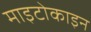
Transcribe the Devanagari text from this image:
माइटोकाइन